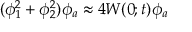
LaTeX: ( \phi _ { 1 } ^ { 2 } + \phi _ { 2 } ^ { 2 } ) \phi _ { a } \approx 4 W ( 0 ; t ) \phi _ { a }